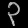
Digit: ၃